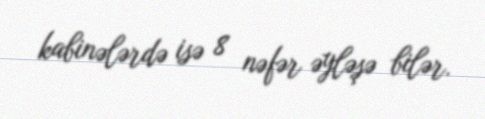
kabinələrdə isə 8 nəfər əyləşə bilər.